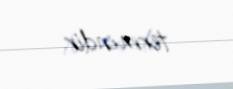
termindir.